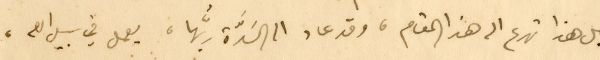
اجل هذا تهرع الى هذا المقام، وقد عاد الى السَدَّة ربُّها، يعمل في سبيل الله،